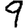
Digit: 9